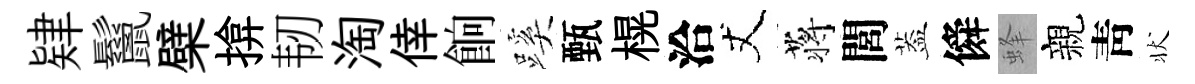
肄鬣檗揜韧淘倖餉蹊甄榥洽丈蒋閭葢僢蜂親靑状